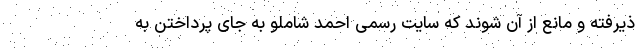
ذیرفته و مانع از آن شوند که سایت رسمی احمد شاملو به جای پرداختن به